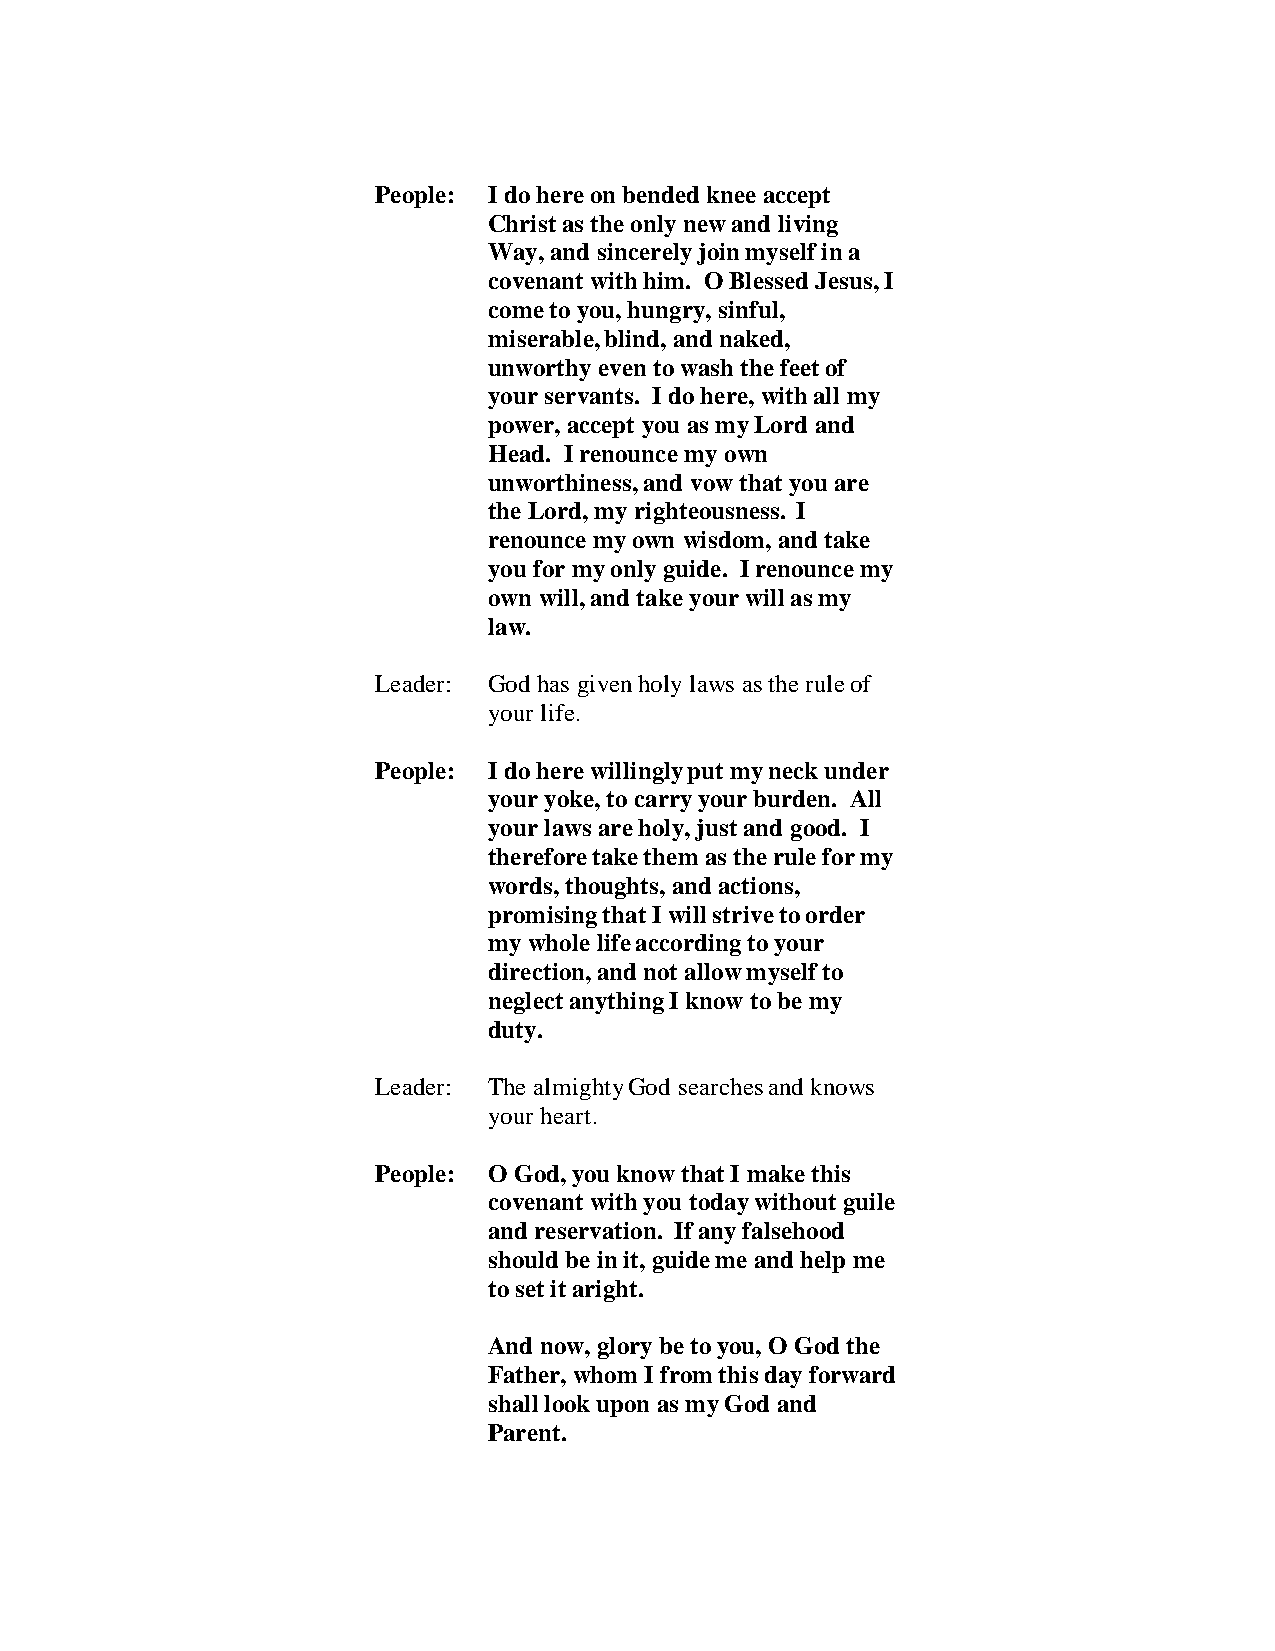
People: I do here on bended knee accept
 Christ as the only new and living
 Way, and sincerely join myself in a
 covenant with him. O Blessed Jesus, I
 come to you, hungry, sinful,
 miserable, blind, and naked,
 unworthy even to wash the feet of
 your servants. I do here, with all my
 power, accept you as my Lord and
 Head. I renounce my own
 unworthiness, and vow that you are
 the Lord, my righteousness. I
 renounce my own wisdom, and take
 you for my only guide. I renounce my
 own will, and take your will as my
 law.
 Leader: God has given holy laws as the rule of
 your life.
 People: I do here willingly put my neck under
 your yoke, to carry your burden. All
 your laws are holy, just and good. I
 therefore take them as the rule for my
 words, thoughts, and actions,
 promising that I will strive to order
 my whole life according to your
 direction, and not allow myself to
 neglect anything I know to be my
 duty.
 Leader: The almighty God searches and knows
 your heart.
 People: O God, you know that I make this
 covenant with you today without guile
 and reservation. If any falsehood
 should be in it, guide me and help me
 to set it aright.
 And now, glory be to you, O God the
 Father, whom I from this day forward
 shall look upon as my God and
 Parent.